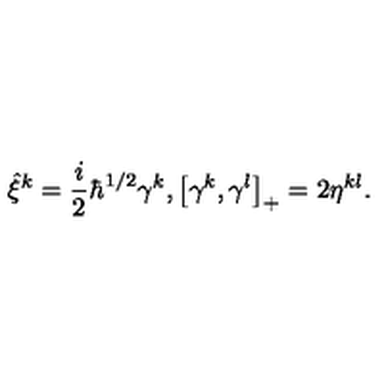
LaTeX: \hat { \xi } ^ { k } = \frac { i } { 2 } \hbar ^ { 1 / 2 } \gamma ^ { k } , \left[ \gamma ^ { k } , \gamma ^ { l } \right] _ { + } = 2 \eta ^ { k l } .